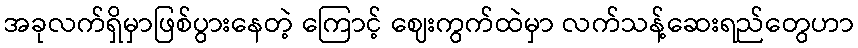
အခုလက်ရှိမှာဖြစ်ပွားနေတဲ့ ကြောင့် ဈေးကွက်ထဲမှာ လက်သန့်ဆေးရည်တွေဟာ